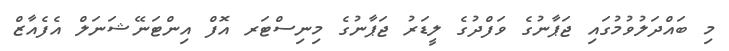
މި ބައްދަލުވުމުގައި ޖަޕާނުގެ ވަފްދުގެ ލީޑަރު ޖަޕާނުގެ މިނިސްޓަރ އޮފް އިންޓަނޭޝަނަލް އެފެއާޒް